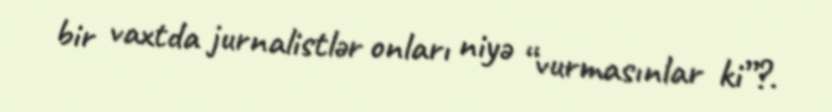
bir vaxtda jurnalistlər onları niyə “vurmasınlar ki”?.